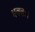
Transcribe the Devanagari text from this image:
भवतः।